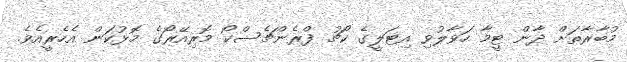
މުބާރާތަށް ދާން ޓީމާ ހަވާލުވި އިޓަލީގެ ކޯޗު ފްރެންޗެސްކޯ މޮރިއޭރޯގެ މޮޅުކަން އެހެރީއެވެ.